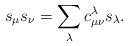
LaTeX: \begin{align*}s_{\mu} s_{\nu} = \sum_{\lambda} c^{\lambda}_{\mu\nu} s_{\lambda}.\end{align*}